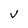
Character: v